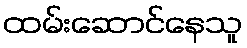
ထမ်းဆောင်နေသူ